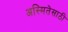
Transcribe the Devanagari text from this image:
अस्मितेसाठी